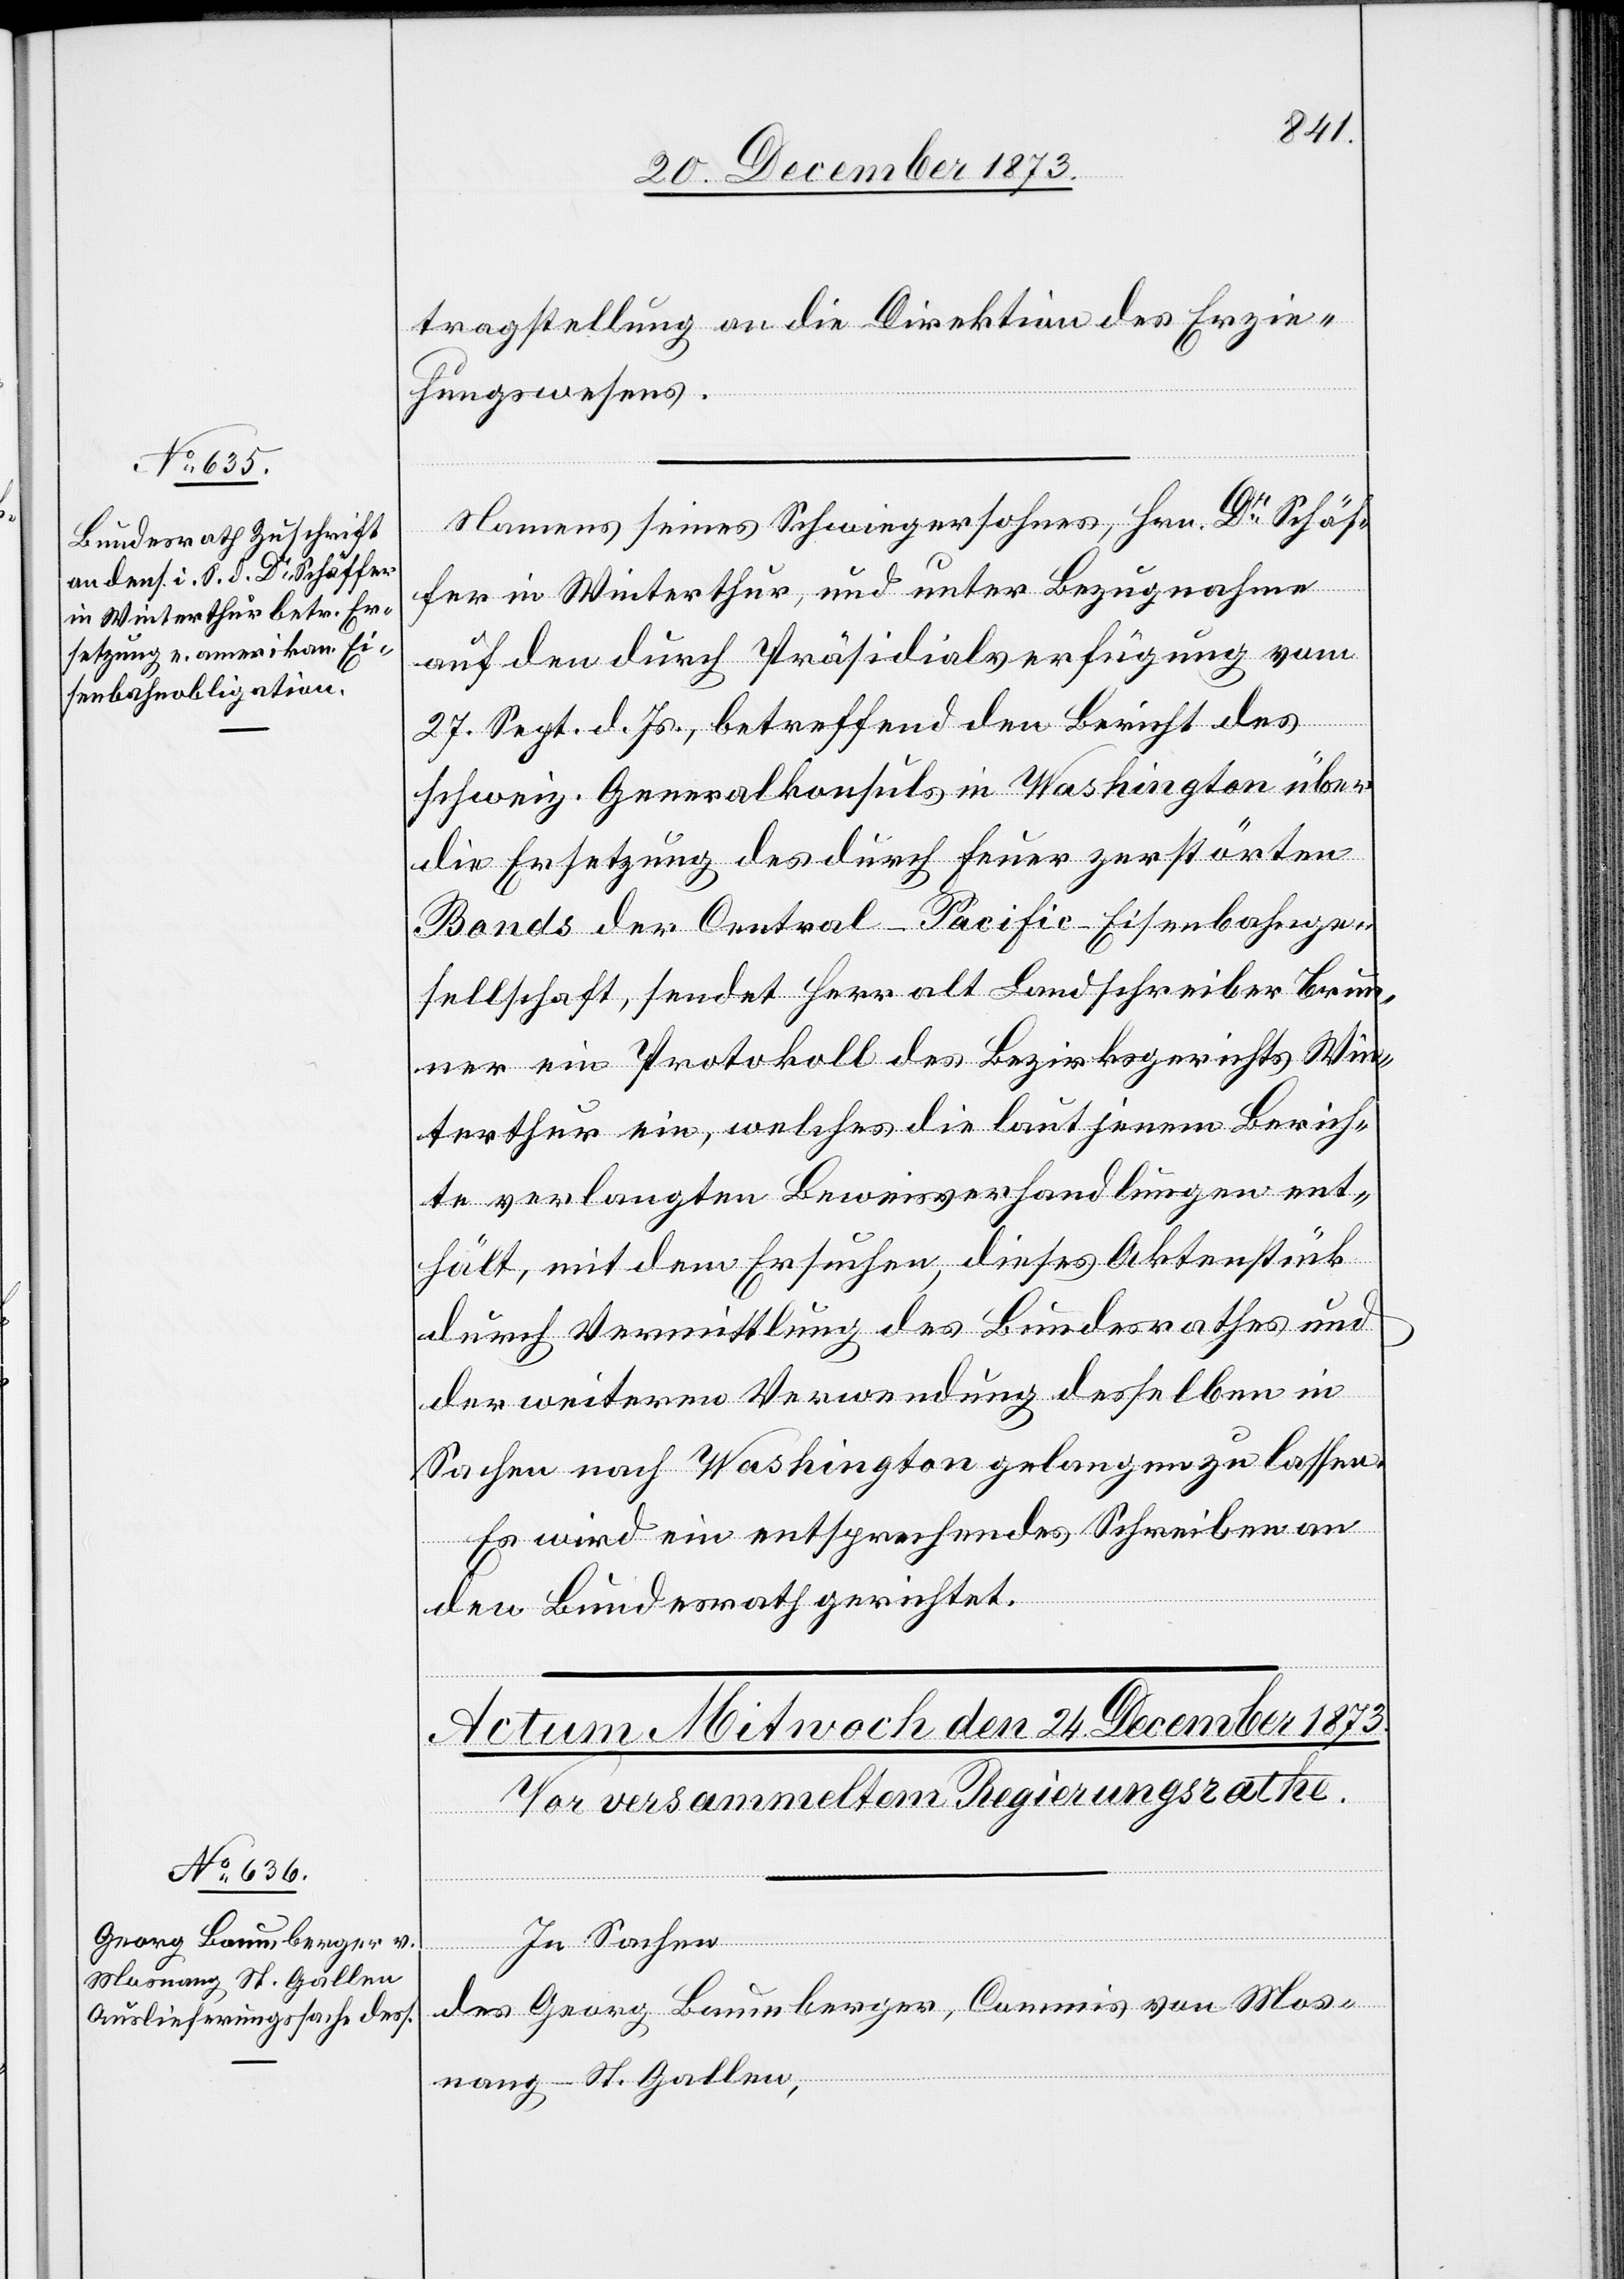
23. December 1873.]
tragstellung an die Direktion des Erzie¬
hungswesens.
Namens seines Schwiegersohnes, Hrn. Dr Schäf¬
fer in Winterthur, und unter Bezugnahme
auf den durch Präsidialverfügung vom
27. Sept. d. Js., betreffend den Bericht des
schweiz. Generalkonsuls in Washington über
die Ersetzung des durch Feuer zerstörten
Bonds der Central-Pacific-Eisenbahnge¬
sellschaft, sendet Herr alt Landschreiber Brun¬
ner ein Protokoll des Bezirksgerichts Win¬
terthur ein, welches die laut jenem Berich¬
te verlangten Beweisverhandlungen ent¬
hält, mit dem Ersuchen, dieses Aktenstück
durch Vermittlung des Bundesrathes und
der weiteren Verwendung desselben in
Sachen nach Washington gelangen zu lassen.
Es wird ein entsprechendes Schreiben an
den Bundesrath gerichtet.
In Sachen
des Georg Baumberger, Commis von Mos¬
nang - St. Gallen,